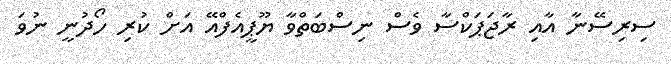
ސިރިސޭނާ އާއި ރާޖަޕަކްސާ ވެސް ނިސްބަތްވާ ޔޫޕީއެފްއޭ އަށް ކުރި ހޯދުނީ ނުވަ